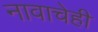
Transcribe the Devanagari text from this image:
नावाचेही